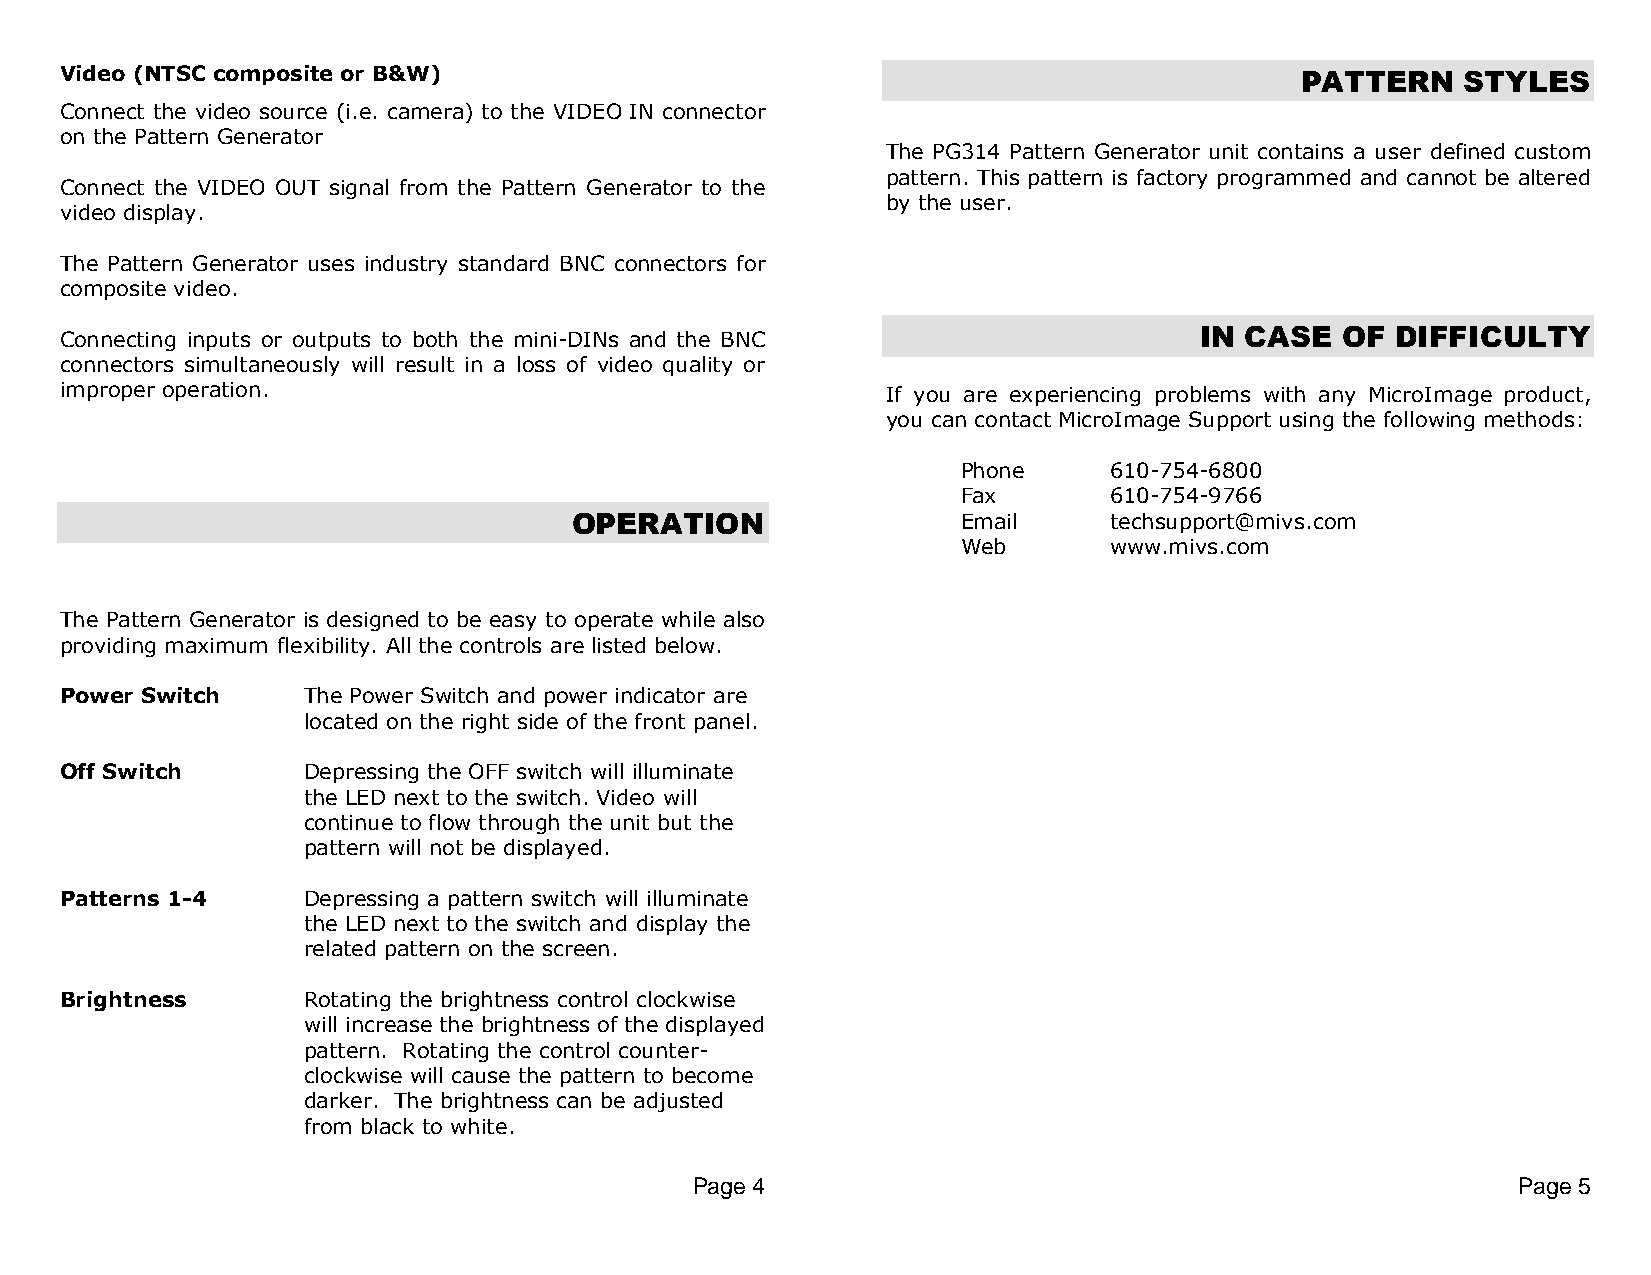
Video (NTSC composite or B&W)                                                     PATTERN    STYLES
 Connect the video source (i.e. camera) to the VIDEO IN connector
 on the Pattern Generator
 The PG314 Pattern Generator unit contains a user defined custom
 pattern. This pattern is factory programmed and cannot be altered
 Connect the VIDEO OUT signal from the Pattern Generator to the
 by the user.
 video display.
 The Pattern Generator uses industry standard BNC connectors for
 composite video.
 IN CASE   OF DIFFICULTY
 Connecting inputs or outputs to both the mini-DINs and the BNC
 connectors simultaneously will result in a loss of video quality or
 improper operation.                                    If you are experiencing problems with any MicroImage product,
 you can contact MicroImage Support using the following methods:
 Phone    610-754-6800
 Fax      610-754-9766
 OPERATION
 Email    techsupport@mivs.com
 Web      www.mivs.com
 The Pattern Generator is designed to be easy to operate while also
 providing maximum flexibility. All the controls are listed below.
 Power Switch    The Power Switch and power indicator are
 located on the right side of the front panel.
 Off Switch      Depressing the OFF switch will illuminate
 the LED next to the switch. Video will
 continue to flow through the unit but the
 pattern will not be displayed.
 Patterns 1-4    Depressing a pattern switch will illuminate
 the LED next to the switch and display the
 related pattern on the screen.
 Brightness      Rotating the brightness control clockwise
 will increase the brightness of the displayed
 pattern. Rotating the control counter-
 clockwise will cause the pattern to become
 darker. The brightness can be adjusted
 from black to white.
 Page 4                                                Page 5